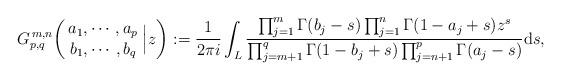
LaTeX: \begin{align*}G_{p,q}^{\,m,n} \!\left( \,\begin{matrix} a_1,\cdots , a_p \\ b_1, \cdots , b_q \end{matrix} \; \Big| z \right) := \frac{1}{2 \pi i} \int_L \frac{\prod_{j=1}^m \Gamma(b_j - s) \prod_{j=1}^n \Gamma(1 - a_j +s) z^s } {\prod_{j=m+1}^q \Gamma(1 - b_j + s) \prod_{j=n+1}^p \Gamma(a_j - s)}\mathrm{d}s,\end{align*}